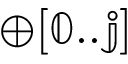
\mathbb { \oplus [ 0 . . j ] }